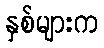
နှစ်များက